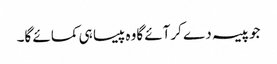
جوپیسہ دے کرآئے گاوہ پیسا ہی کمائے گا۔